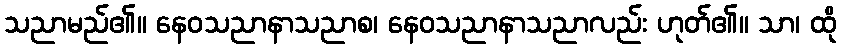
သညာမည်၏။ နေဝသညာနာသညာစ၊ နေဝသညာနာသညာလည်း ဟုတ်၏။ သာ၊ ထို